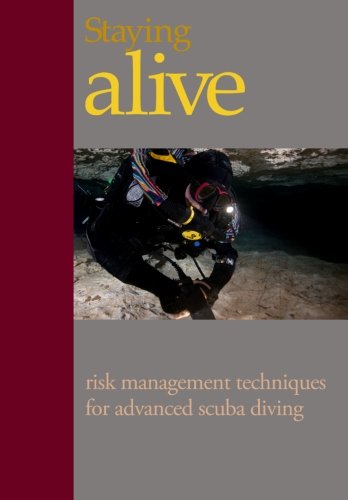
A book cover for Staying Alive:: Applying Risk Management to Advanced Scuba Diving; Mr Steve Lewis; Business & Money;